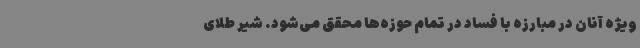
ویژه آنان در مبارزه با فساد در تمام حوزه‌ها محقق می‌شود. شیر طلای